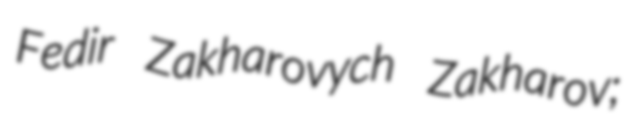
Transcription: Fedir Zakharovych Zakharov;